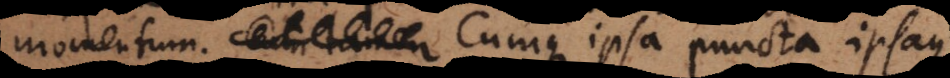
tamen Cumque ipsa puncta ipsaque